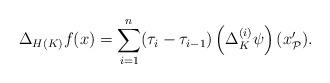
LaTeX: \begin{align*}\Delta _{H(K)}f(x)=\sum_{i=1}^{n}(\tau _{i}-\tau _{i-1})\left( \Delta_{K}^{(i)}\psi \right) (x_{\mathcal{P}}^{\prime }\mathbf{).} \end{align*}